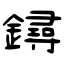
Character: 鐞